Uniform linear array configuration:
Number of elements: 64
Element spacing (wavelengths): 0.75
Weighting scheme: binomial
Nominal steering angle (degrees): -30
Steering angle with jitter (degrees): -28.736
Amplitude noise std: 0.05
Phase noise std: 0.05

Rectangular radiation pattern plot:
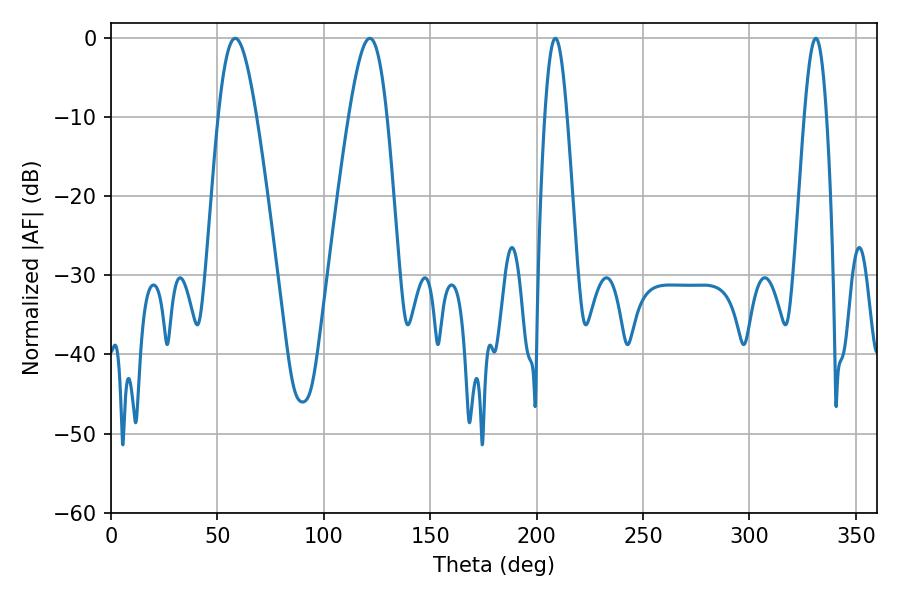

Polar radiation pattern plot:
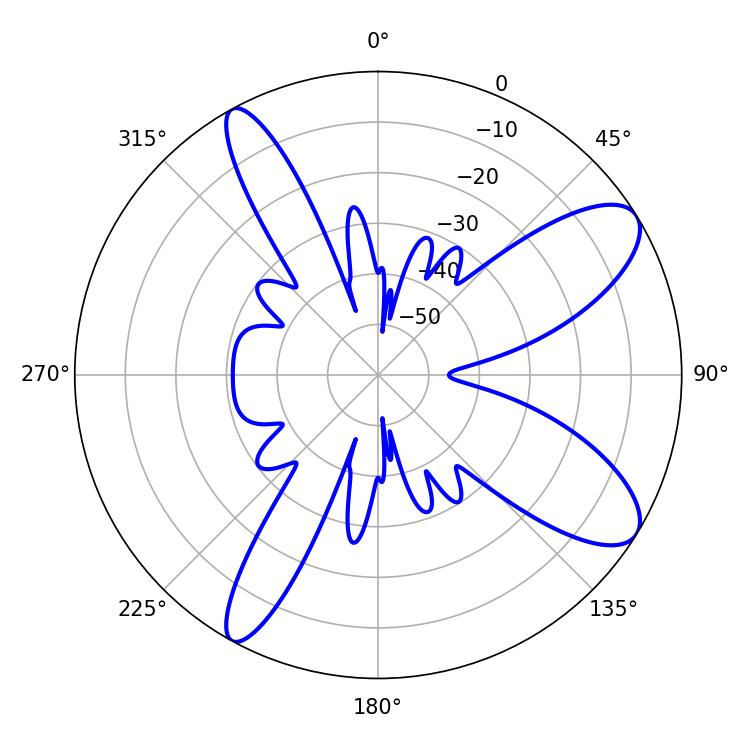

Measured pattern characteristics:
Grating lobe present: TRUE
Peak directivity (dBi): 9.808
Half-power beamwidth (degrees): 5.58
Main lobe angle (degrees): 208.8